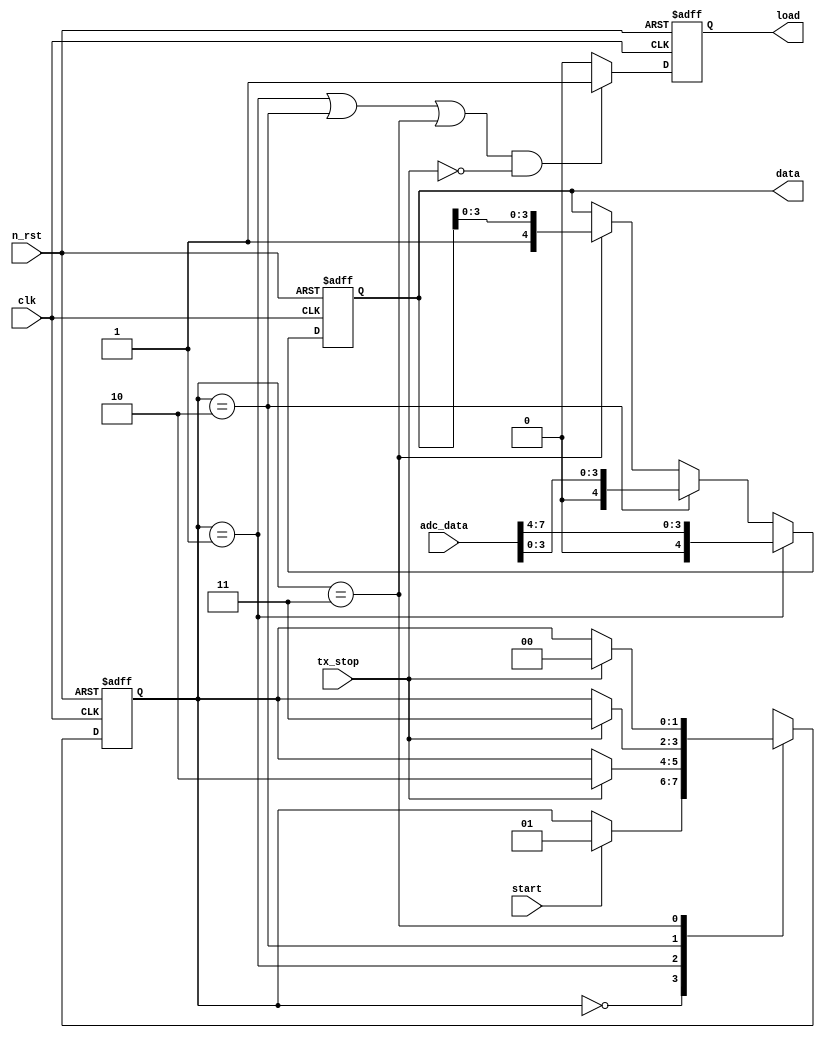
module uart_str(
    clk,
    n_rst,
    start,
    adc_data,
    tx_stop,
    load,
    data
);

input clk;
input n_rst;
input start;
input [7:0] adc_data;
input tx_stop;

output reg load;
output reg [4:0] data;

localparam S0 = 2'h0;
localparam S1 = 2'h1;
localparam S2 = 2'h2;
localparam S3 = 2'h3;

reg [1:0] c_state;
reg [1:0] n_state;

always @(posedge clk or negedge n_rst) begin
    if(!n_rst) begin
        c_state <= S0;
    end
    else begin
        c_state <= n_state;
    end
end

always @(c_state or start or tx_stop) begin
    case(c_state)
    S0 : begin
        n_state = (start == 1'b1) ? S1 : c_state;
    end
    S1 : begin
        n_state = (tx_stop == 1'b1) ? S2 : c_state;
    end
    S2 : begin
        n_state = (tx_stop == 1'b1) ? S3 : c_state;
    end
    S3 : begin
        n_state = (tx_stop == 1'b1) ? S0 : c_state;
    end
    default : begin
        n_state = S0;
    end
    endcase
end

always @(posedge clk or negedge n_rst) begin
    if(!n_rst) begin
        data <= 5'h00;
    end
    else begin
        data <= (c_state == S1) ? {1'b0, adc_data[7:4]} : 
                (c_state == S2) ? {1'b0, adc_data[3:0]} :
                (c_state == S3) ? {1'b1, data[3:0]} : data;
    end
end

always @(posedge clk or negedge n_rst) begin
    if(!n_rst) begin
        load <= 1'b0;
    end
    else begin
        load <= (((c_state == S1)||(c_state == S2)||(c_state == S3))&&(tx_stop == 1'b0)) ? 1'b1 : 1'b0;
    end
end

endmodule